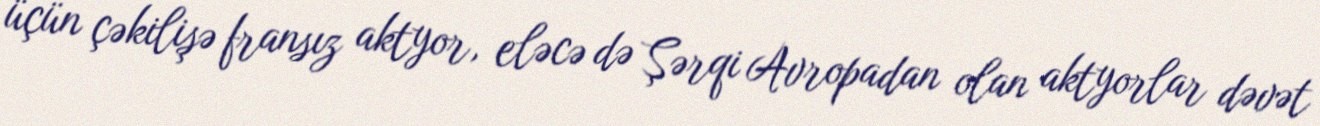
üçün çəkilişə fransız aktyor, eləcə də Şərqi Avropadan olan aktyorlar dəvət